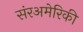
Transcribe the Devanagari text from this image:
संरअमेरिकी